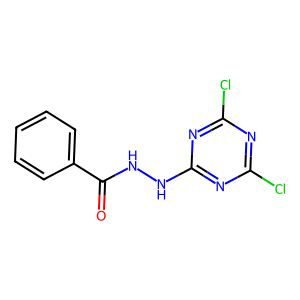
SMILES: O=C(NNc1nc(Cl)nc(Cl)n1)c1ccccc1
Inhibits HIV replication: No